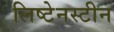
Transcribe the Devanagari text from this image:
लिष्टेनस्टीन